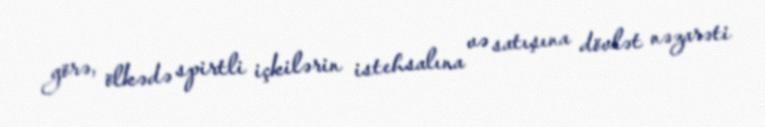
görə, ölkədə spirtli içkilərin istehsalına və satışına dövlət nəzarəti